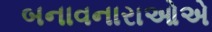
બનાવનારાઓએ